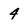
Character: 4